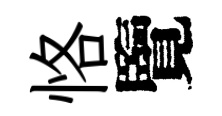
恪覽